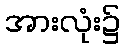
အားလုံး၌